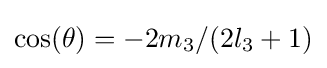
\cos(\theta )=-2m_{3}/(2l_{3}+1)